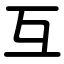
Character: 互